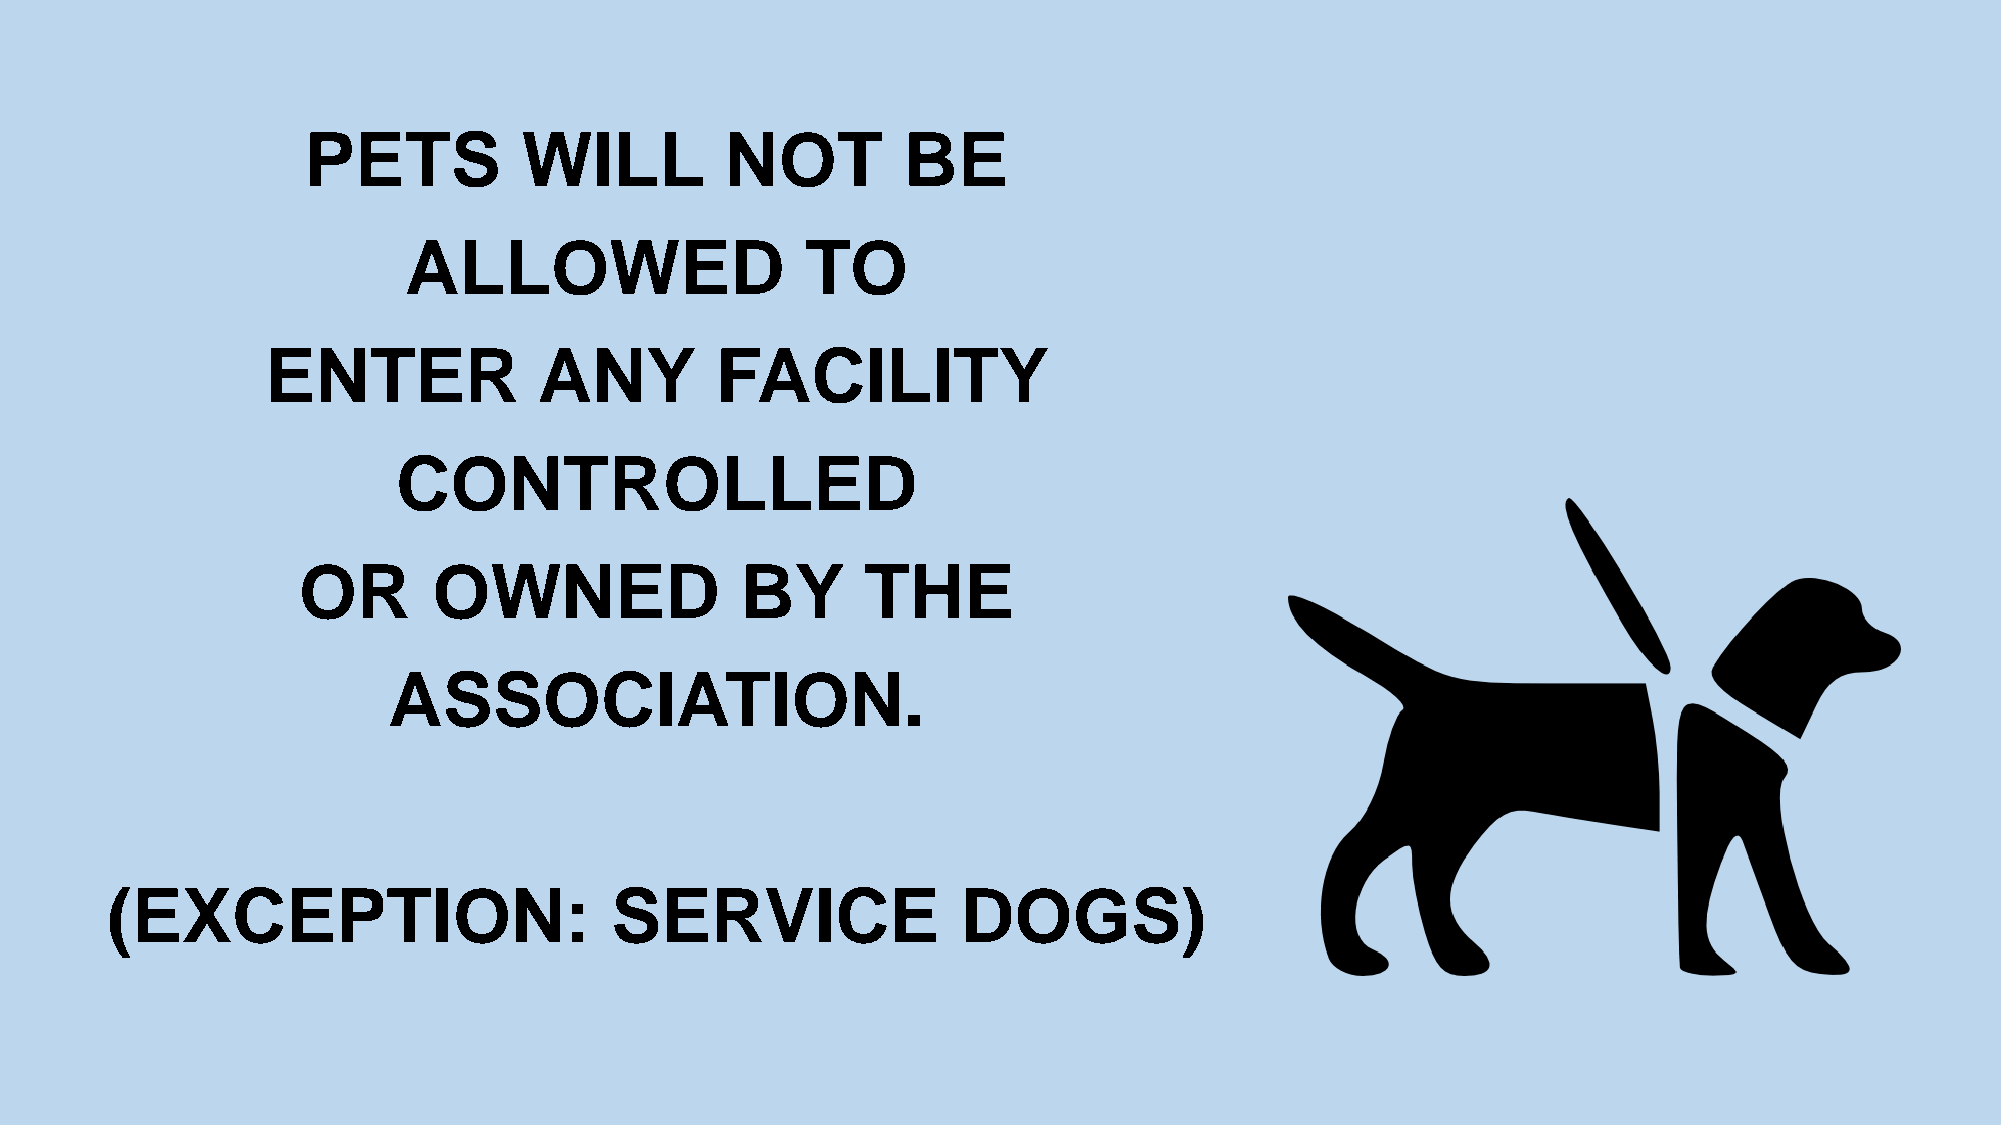
PETS           WILL         NOT         BE
 ALLOWED                   TO
 ENTER             ANY        FACILITY
 CONTROLLED
 OR       OWNED               BY      THE
 ASSOCIATION.
 (EXCEPTION:                      SERVICE                 DOGS)